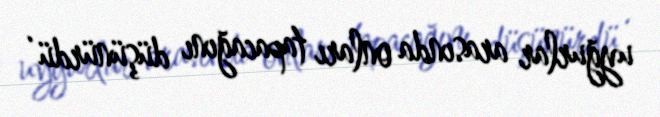
uyğurlar arasında onları tapacağını düşünürdü .